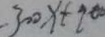
- 3 0 0 x + 9 0 0